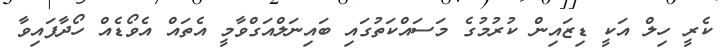
ކެރީ ހިލް އަކީ ޑިޒައިން ކުރުމުގެ މަސައްކަތުގައި ބައިނަލްއަގްވާމީ އެތައް އެވޯޑެއް ހޯދާފައިވާ